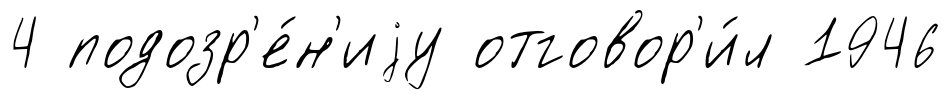
4 подозр'е́н'иjу отговор'и́л 1946